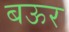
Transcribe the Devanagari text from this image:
बऊर